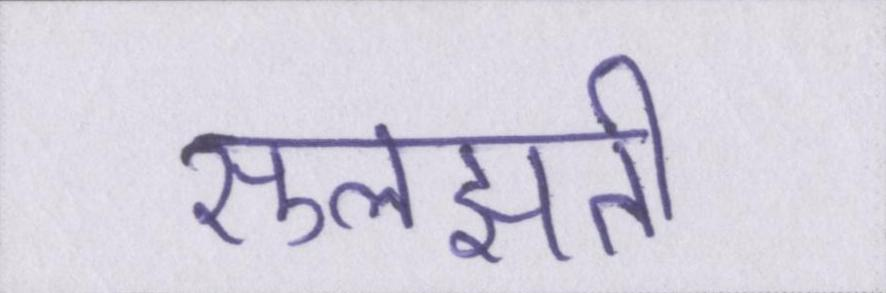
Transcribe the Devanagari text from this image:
सुलझती